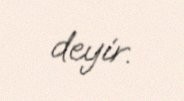
deyir.